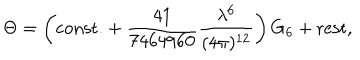
\Theta = \left( \mathrm { c o n s t . } + { \frac { 4 1 } { 7 4 6 4 9 6 0 } } { \frac { \lambda ^ { 6 } } { ( 4 \pi ) ^ { 1 2 } } } \right) \mathrm { { G } } _ { 6 } + \mathrm { r e s t } ,